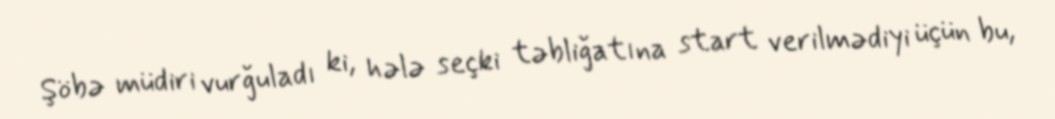
Şöbə müdiri vurğuladı ki, hələ seçki təbliğatına start verilmədiyi üçün bu,